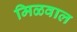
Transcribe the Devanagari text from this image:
मिळवाल